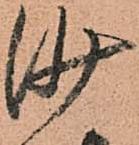
沙